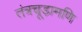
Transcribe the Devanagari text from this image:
तंत्रचूड़ामणि